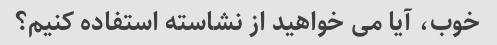
خوب، آیا می خواهید از نشاسته استفاده کنیم؟